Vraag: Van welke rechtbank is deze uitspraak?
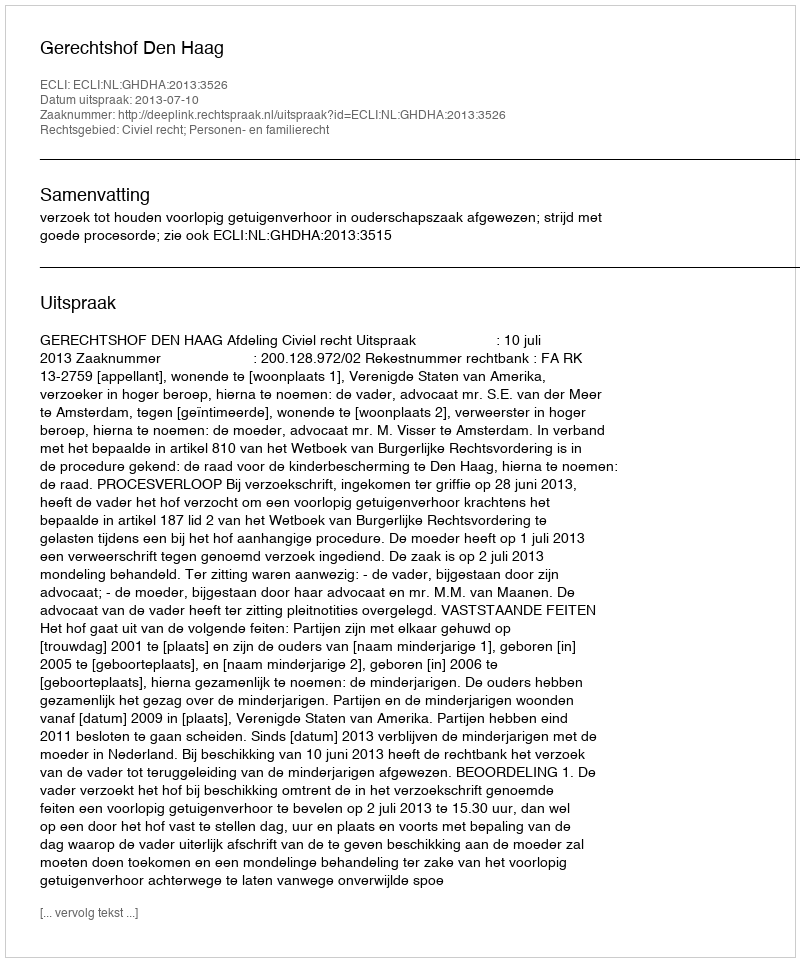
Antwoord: Gerechtshof Den Haag